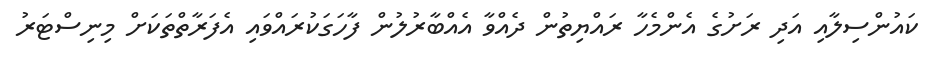
ކައުންސިލާއި އަދި ރަށުގެ އެންމެހާ ރައްޔިތުން ދެއްވާ އެއްބާރުލުން ފާހަގަކުރައްވައި އެފަރާތްތަކަށް މިނިސްޓަރު